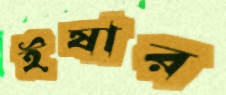
ইষার